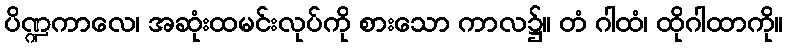
ပိဏ္ဍကာလေ၊ အဆုံးထမင်းလုပ်ကို စားသော ကာလ၌။ တံ ဂါထံ၊ ထိုဂါထာကို။